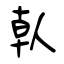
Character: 倝